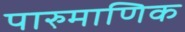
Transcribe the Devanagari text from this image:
पारुमाणिक